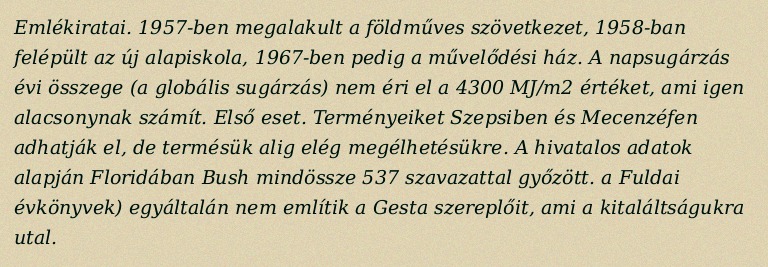
Emlékiratai. 1957-ben megalakult a földműves szövetkezet, 1958-ban felépült az új alapiskola, 1967-ben pedig a művelődési ház. A napsugárzás évi összege (a globális sugárzás) nem éri el a 4300 MJ/m2 értéket, ami igen alacsonynak számít. Első eset. Terményeiket Szepsiben és Mecenzéfen adhatják el, de termésük alig elég megélhetésükre. A hivatalos adatok alapján Floridában Bush mindössze 537 szavazattal győzött. a Fuldai évkönyvek) egyáltalán nem említik a Gesta szereplőit, ami a kitaláltságukra utal.